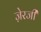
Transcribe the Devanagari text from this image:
ज़ेरजी